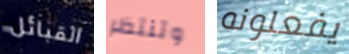
القبائل وتنتظر يفعلونه